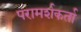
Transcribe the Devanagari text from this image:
परामर्शकर्ता